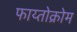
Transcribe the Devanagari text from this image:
फाय्तोक्रोम